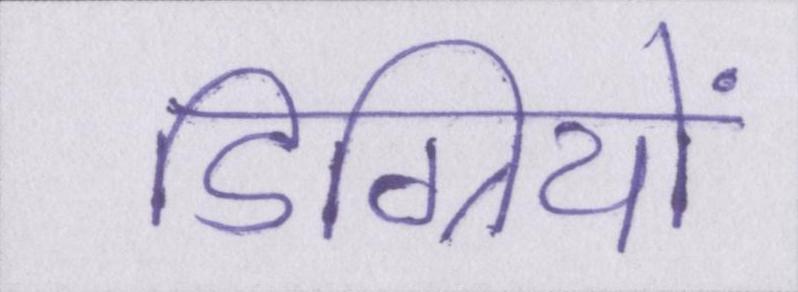
डिग्रियों